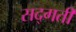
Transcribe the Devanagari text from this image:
सद्‌गती